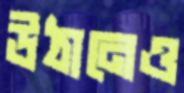
উঠানেও